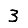
Digit: 3